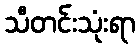
သီတင်းသုံးရာ